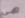
هي